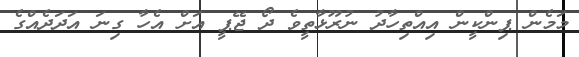
މަމެން ޕިންކީން އިއްތިހާދު ނުރޫޅާތީވެ ދޯ ޖޭޕީ އަށް އެހާ ގިނަ އަދަދެއްގެ